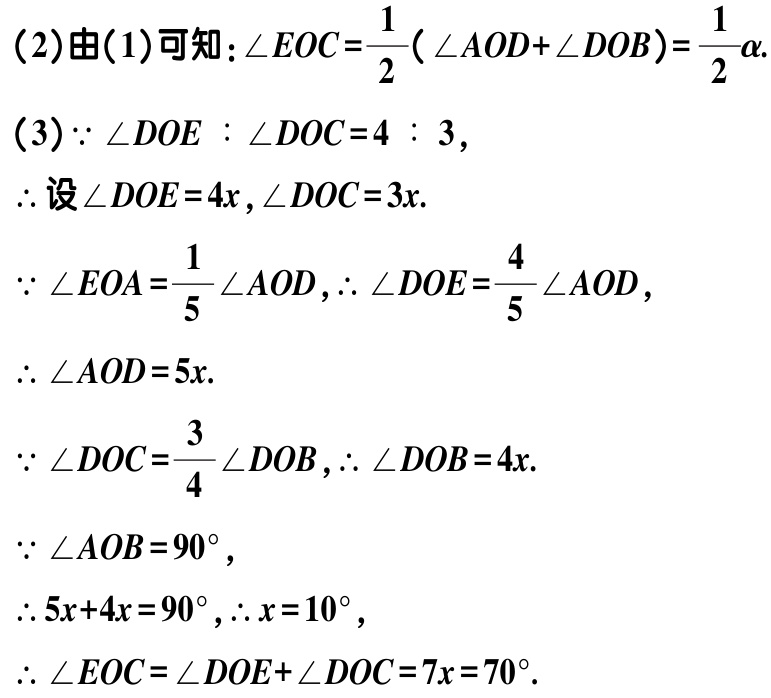
(2)由(1)可知：\(\angle EOC=\frac{1}{2}(\angle AOD + \angle DOB)=\frac{1}{2}\alpha\).

(3)\(\because \angle DOE:\angle DOC = 4:3\),

\(\therefore\)设\(\angle DOE = 4x,\angle DOC = 3x\).

\(\because \angle EOA=\frac{1}{5}\angle AOD,\therefore \angle DOE=\frac{4}{5}\angle AOD\),

\(\therefore \angle AOD = 5x\).

\(\because \angle DOC=\frac{3}{4}\angle DOB,\therefore \angle DOB = 4x\).

\(\because \angle AOB = 90^{\circ}\),

\(\therefore 5x + 4x = 90^{\circ},\therefore x = 10^{\circ}\),

\(\therefore \angle EOC=\angle DOE+\angle DOC = 7x = 70^{\circ}\).